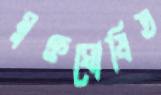
মুক্তঘোষিত